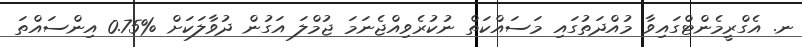
ނ. އެގްރީމެންޓްގައިވާ މުއްދަތުގައި މަސައްކަތް ނުކުރެވިއްޖެނަމަ ޖުމްލަ އަގުން ދުވާލަކަށް %0.75 އިންސައްތަ